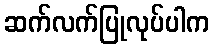
ဆက်လက်ပြုလုပ်ပါက